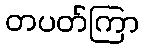
တပတ်ကြာ